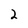
Character: 2